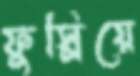
ফুস্‌লিয়ে